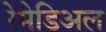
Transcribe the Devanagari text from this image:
रेमेडिअल